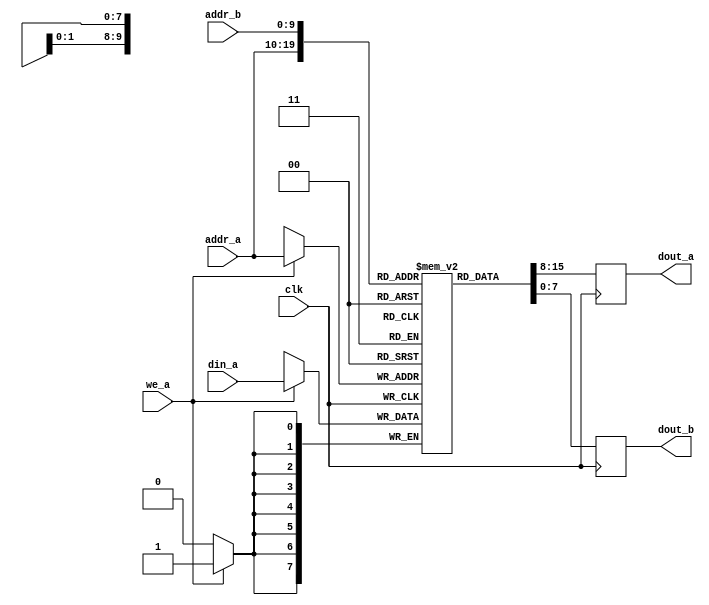
module mdv_bram (
  input            clk,
  input            we_a,
  input      [9:0] addr_a, addr_b,
  input      [7:0] din_a,
  output reg [7:0] dout_a, dout_b
);
  reg [7:0] ram [0:1023];
  always @(posedge clk) begin
    if (we_a) begin
      ram[addr_a] <= din_a;
    end
    dout_a <= ram[addr_a];
    dout_b <= ram[addr_b];
  end
endmodule